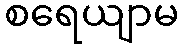
စရေယျာမ